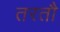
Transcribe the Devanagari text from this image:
तरतौ